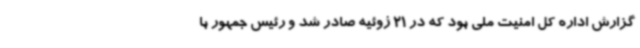
گزارش اداره کل امنیت ملی بود که در 21 ژوئیه صادر شد و رئیس جمهور با